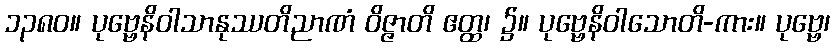
၁၃၈၀။ ပုဗ္ဗေနိဝါသာနုဿတိညာဏံ ဝိဇ္ဇာတိ ဧတ္ထ၊ ၌။ ပုဗ္ဗေနိဝါသောတိ-ကား။ ပုဗ္ဗေ၊